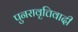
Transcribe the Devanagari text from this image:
पुनरावृत्तिवादी